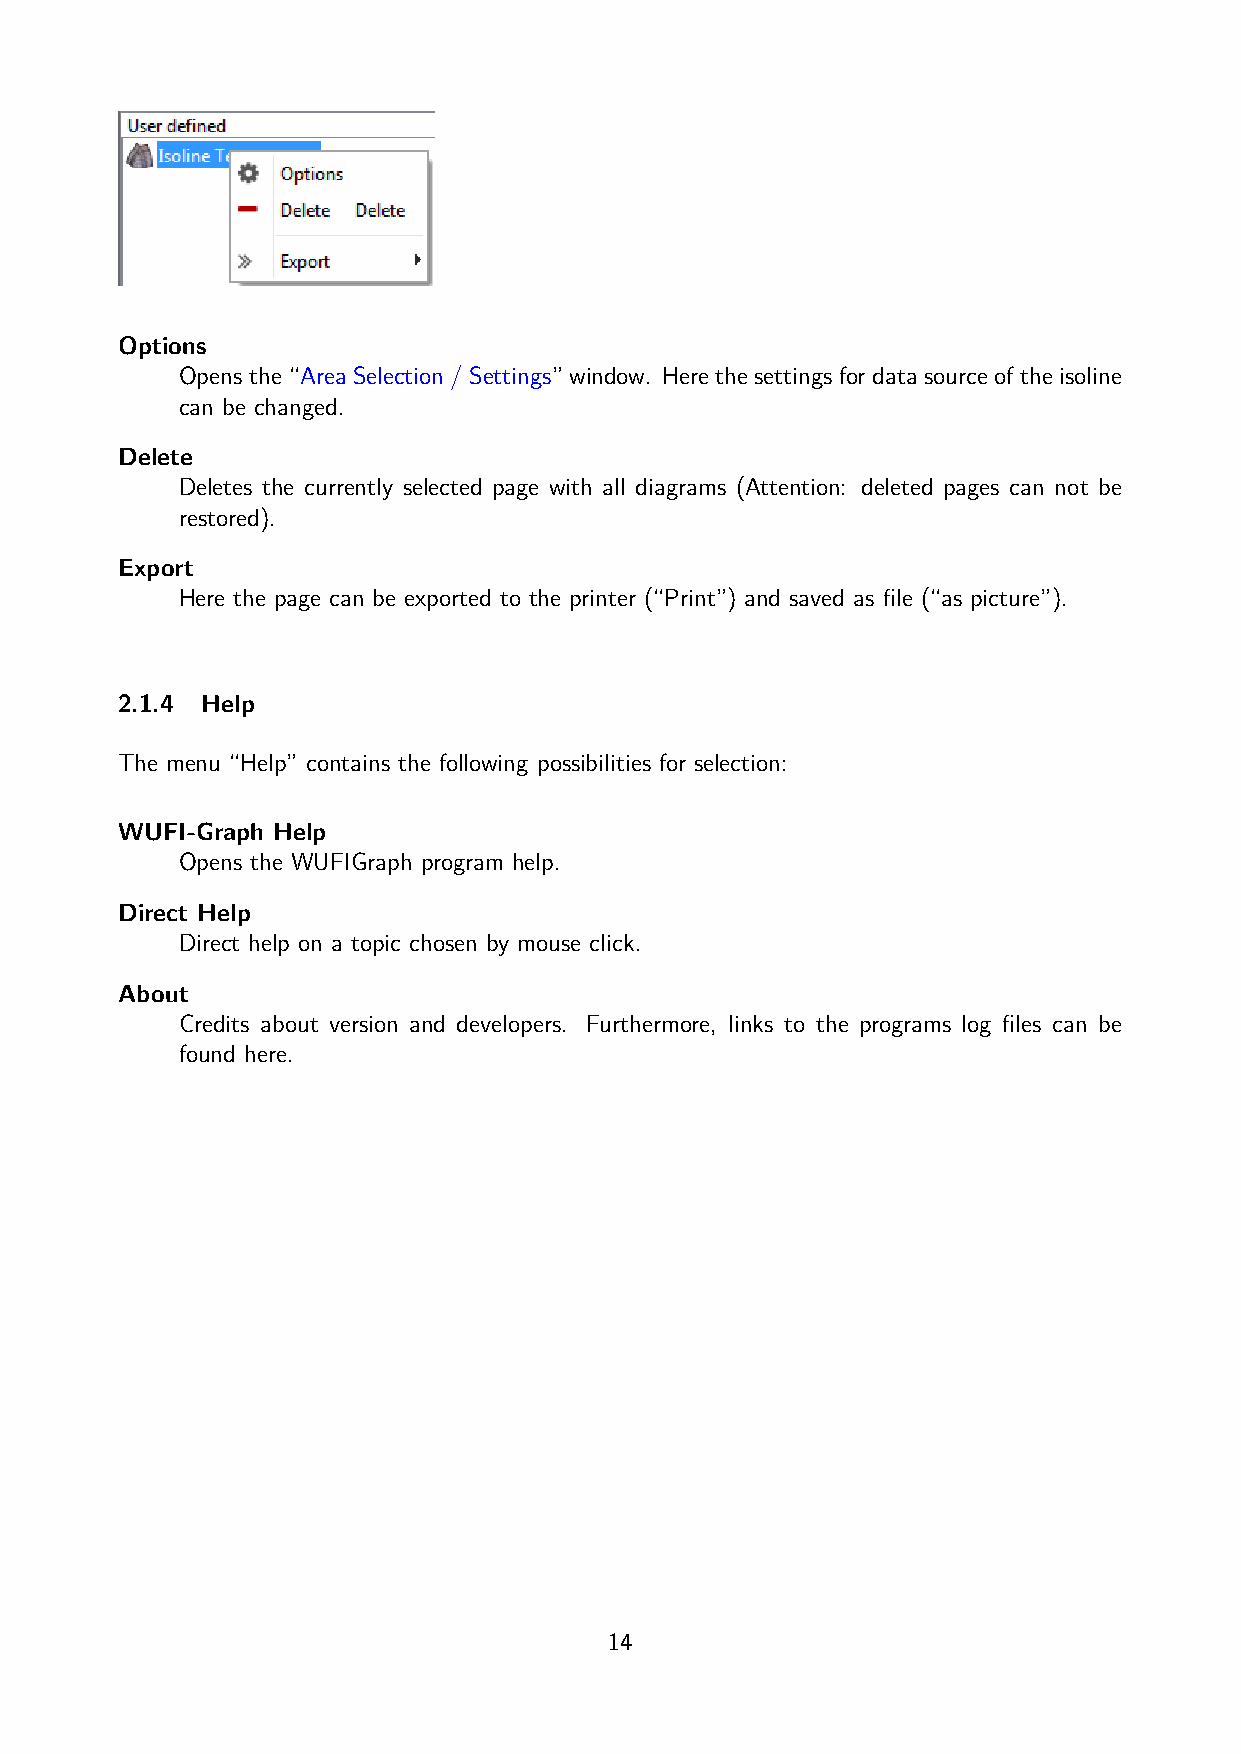
Options
 Opens the “Area Selection / Settings” window. Here the settings for data source of the isoline
 can be changed.
 Delete
 Deletes the currently selected page with all diagrams (Attention: deleted pages can not be
 restored).
 Export
 Here the page can be exported to the printer (“Print”) and saved as file (“as picture”).
 2.1.4 Help
 The menu “Help” contains the following possibilities for selection:
 WUFI-Graph Help
 Opens the WUFIGraph program help.
 Direct Help
 Direct help on a topic chosen by mouse click.
 About
 Credits about version and developers. Furthermore, links to the programs log files can be
 found here.
 14